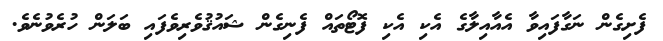
ފެށިގެން ނަގާފައިވާ އެއާއިލާގެ އެކި އެކި ފޮޓޯތައް ފެނިގެން ޝައުޤުވެރިވެފައި ބަލަން ހުރެވުނެވެ.